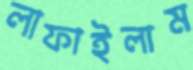
লাফাইলাম